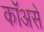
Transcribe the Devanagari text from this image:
कॉअसे